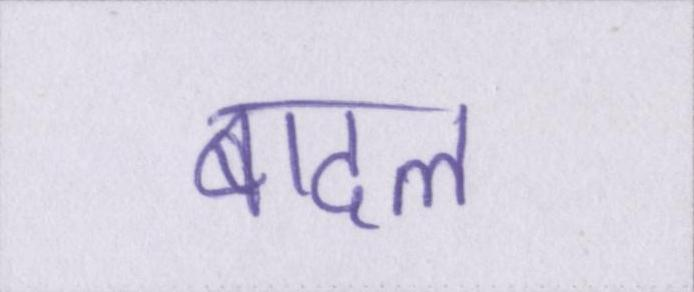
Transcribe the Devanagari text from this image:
बादल